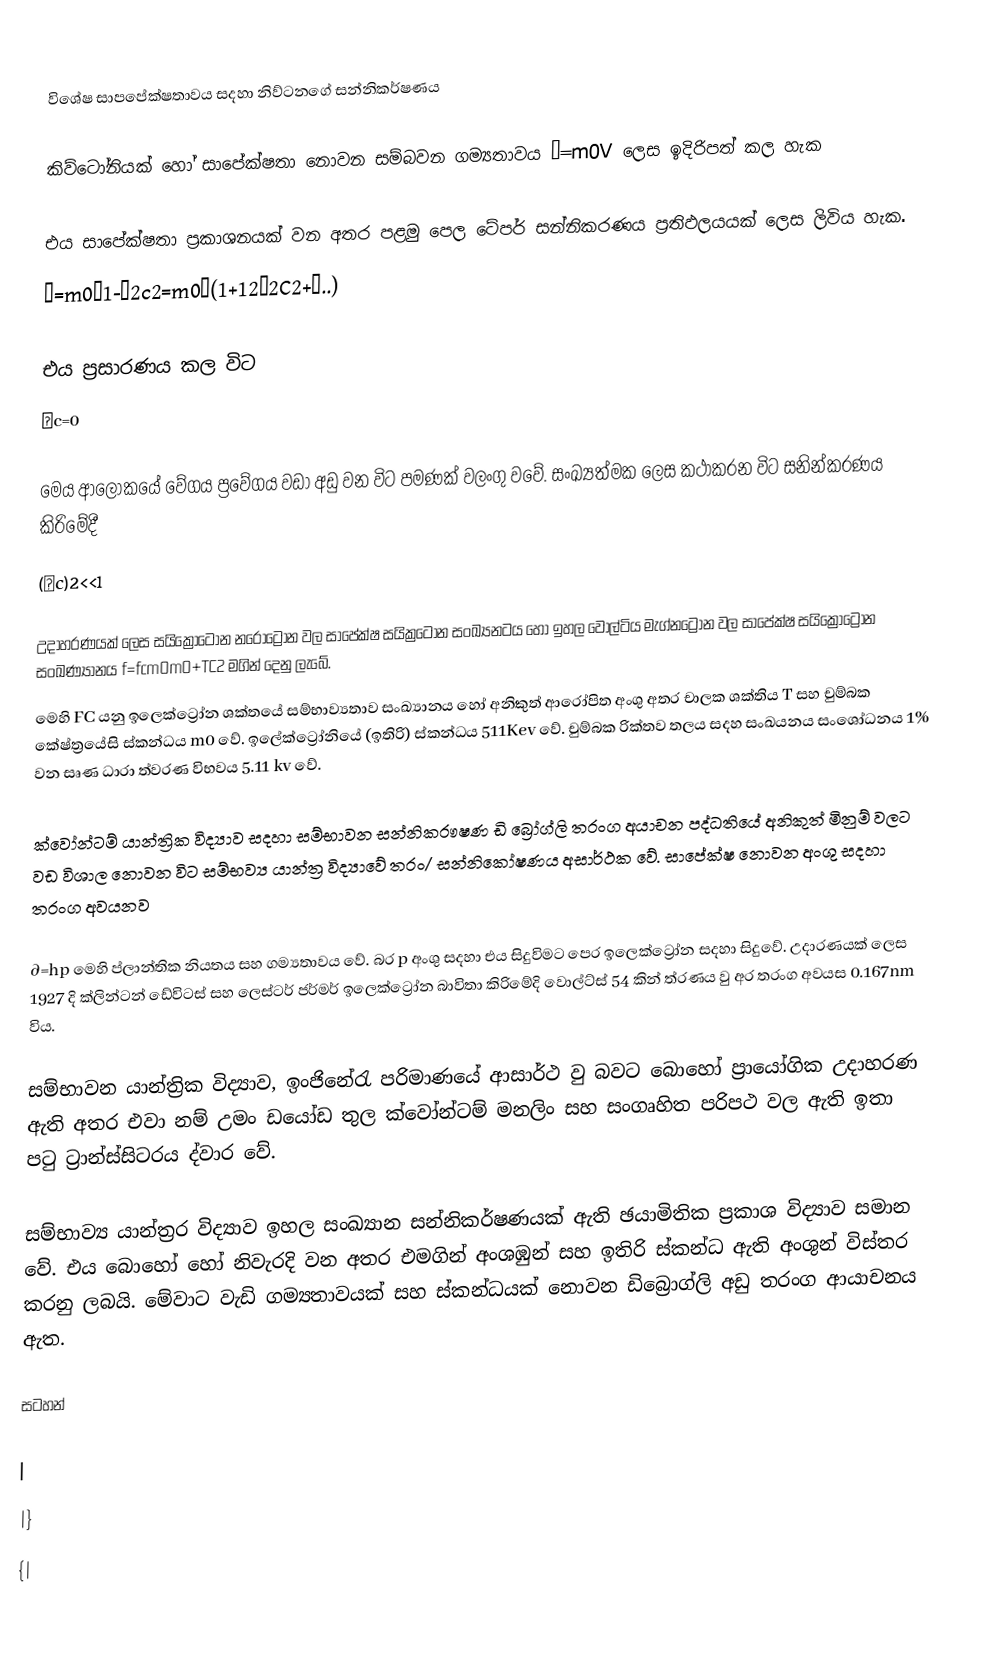

විශේෂ සාපපේක්ෂතාවය සදහා නිව්ටනගේ සන්නිකර්ෂණය

කිව්ටෝනියක් හෝ සාපේක්ෂතා නොවන සම්බවන ගම්‍යතාවය ρ=m0V ලෙස ඉදිරිපත් කල හැක

එය සාපේක්ෂතා ප්‍රකාශනයක් වන අතර පළමු පෙල ටේපර් සන්නිකරණය ප්‍රතිඵලයයක් ලෙස ලිවිය හැක.
ρ=m0σ1-σ2c2=m0σ(1+12σ2C2+…..)

එය ප්‍රසාරණය කල විට
σc=0

මෙය ආලෝකයේ වේගය ප්‍රවේගය වඩා අඩු වන විට පමණක් වලංගු වවේ. සංඛ්‍යත්මක ලෙස කථාකරන විට සනින්කරණය කිරිමේදී
(σc)2<<1

උදාහරණයක් ලෙස සයික්‍රෝටෝන නරෝට්‍රෝන වල සාපේක්ෂ සයික්‍රටෝන සංඛ්‍යනටය හෝ ඉහල වෝල්ටිය මැග්නට්‍රෝන වල සාපේක්ෂ සයික්‍රෝට්‍රෝන සංඛණ්‍යානය f=fcm0m0+TC2 මගින් දෙනු ලැබේ.
මෙහි FC යනු ඉලෙක්ට්‍රෝන ශක්තයේ සම්භාව්‍යතාව සංඛ්‍යානය ‍හෝ අනිකුත් ආරෝපිත අංශු අතර චාලක ශක්තිය   T සහ චුම්බක කේෂ්ත්‍රයේසි ස්කන්ධය m0 වේ. ඉලේක්ට්‍රෝනියේ (ඉතිරි) ස්කන්ධය   511Kev වේ. චුම්බක රික්තව තලය සදහ සංඛයනය සංශෝධනය  1% වන සෘණ ධාරා ත්වරණ විභවය  5.11 kv වේ.

ක්වෝන්ටම් යාන්ත්‍රික විද්‍යාව සදහා සම්භාවන සන්නිකරෟෂණ ඩි බ්‍රෝග්ලි තරංග අයාචන පද්ධතියේ අනිකුත් මිනුම් වලට වඩ විශාල නොවන විට සම්භව්‍ය යාන්ත්‍ර විද්‍යාවේ තරං/ සන්නිකෝෂණය අසාර්ථක වේ. සාපේක්ෂ නොවන අංශු සදහා තරංග අවයනව

∂=hp මෙහි   ප්ලාන්තික නියතය සහ  ගම්‍යතාවය වේ. බර p අංශු සදහා එය සිදුවිමට පෙර ඉලෙක්ට්‍රෝන සදහා සිදුවේ. උදාරණයක් ලෙස 1927 දි ක්ලින්ටන් ඩේවිටස් සහ ලෙස්ටර් ජර්මර් ඉලෙක්ට්‍රෝන බාවිතා කිරිමේදි වොල්ට්ස් 54 කින් ත්රණය වු අර තරංග අවයස 0.167nm විය.

සම්භාවන යාන්ත්‍රික විද්‍යාව, ඉංජි‍නේරැ පරිමාණයේ ආසාර්ථ වු බවට බොහෝ ප්‍රායෝගික උදාහරණ ඇති අතර එවා නම් උමං ඩයෝඩ තුල ක්වෝන්ටම් මනලිං සහ සං‍ගෘහිත පරිපථ වල ඇති ඉතා පටු ට්‍රාන්ස්සිටරය ද්වාර වේ.

සම්භාව්‍ය යාන්ත්‍රර විද්‍යාව ඉහල සංඛ්‍යාන සන්නිකර්ෂණයක් ඇති ඡයාමිතික ප්‍රකාශ විද්‍යාව සමාන වේ. එය බොහෝ හෝ නිවැරදි වන අතර එමගින් අංශඹුන් සහ ඉතිරි ස්කන්ධ ඇති අංශුන් විස්තර කරනු ලබයි. මේවාට වැඩි ගම්‍යතාවයක් සහ ස්කන්ධයක් නොවන ඩිබ්‍රොග්ලි අඩු තරංග ආයාචනය ඇත.

සටහන්

|
|}
{|